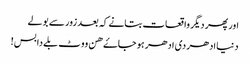
اور پھر دیگر واقعات بتانے کہ بعد زور سے بولے
دنیا ادھر دی ادھر ہو جاۓ ھن ووٹ بلے دا بس!